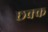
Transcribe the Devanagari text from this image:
छक्क